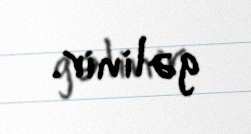
gəlinir.